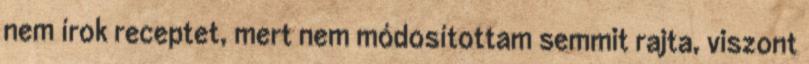
nem írok receptet, mert nem módosítottam semmit rajta, viszont